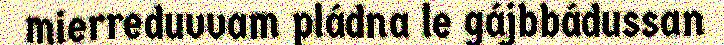
mierreduvvam pládna le gájbbádussan